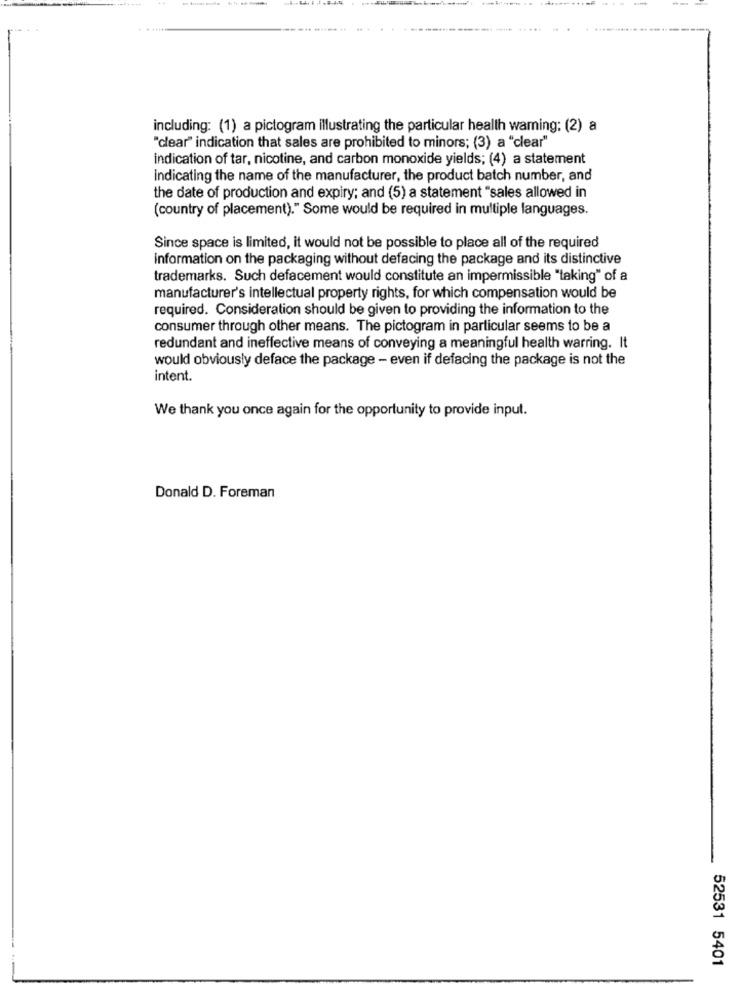
including: (1) a pictogram illustrating the particular health waming; (2) a
"clear" indication that sales are prohibited to minors; (3) a "clear"
indication of tar, nicotine, and carbon monoxide yields; (4) a statement
indicating the name of the manufacturer, the product batch number, and
the date of production and expiry; and (5) a statement "sales allowed in
(country of placement)." Some would be required in multiple languages.
Since space is limited, it would not be possible to place all of the required
information on the packaging without defacing the package and its distinctive
trademarks. Such defacement would constitute an impermissible "taking" of a
manufacturer's intellectual property rights, for which compensation would be
required. Consideration should be given to providing the information to the
consumer through other means. The pictogram in particular seems to be a
redundant and ineffective means of conveying a meaningful health warring. It
would obviously deface the package - even if defacing the package is not the
intent.
We thank you once again for the opportunity to provide input.
Donald D. Foreman
52531 5401